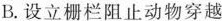
B.设立栅栏阻止动物穿越